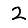
Digit: 2